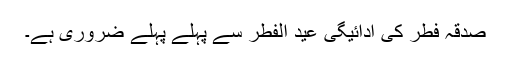
صدقہ فطر کی ادائیگی عید الفطر سے پہلے پہلے ضروری ہے۔